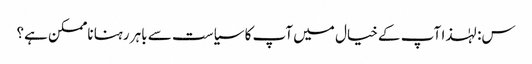
س: لہٰذا آپ کے خیال میں آپ کا سیاست سے باہر رہنا ناممکن ہے؟